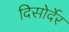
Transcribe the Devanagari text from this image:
दिसोर्देर